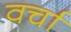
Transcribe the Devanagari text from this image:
वर्चा